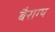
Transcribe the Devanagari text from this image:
बैराग्य